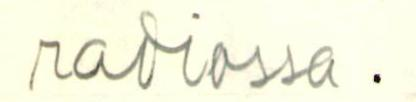
radiossa.